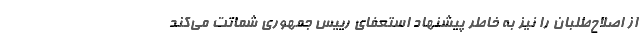
از اصلاح‌طلبان را نیز به خاطر پیشنهاد استعفای رییس جمهوری شماتت می‌کند